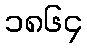
၁၈၆၄